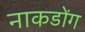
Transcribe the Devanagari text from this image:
नाकडोंग